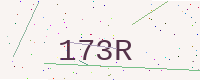
Text: 173R